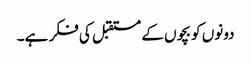
دونوں کو بچوں کے مستقبل کی فکر ہے۔